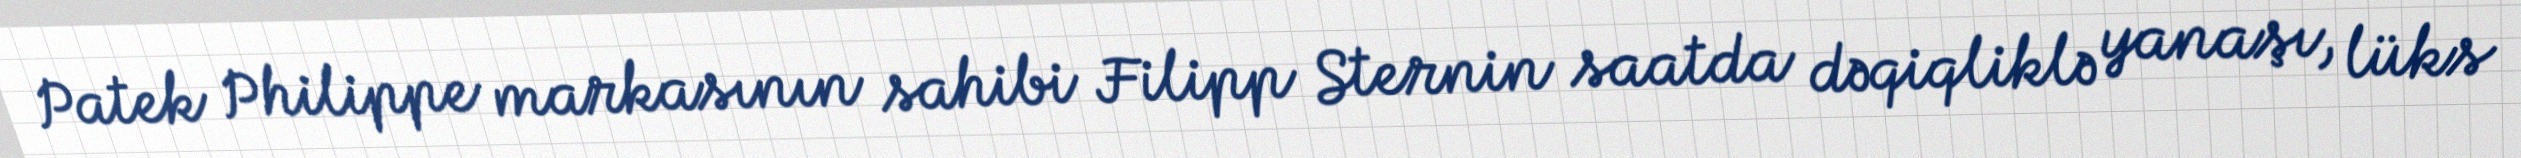
Patek Philippe markasının sahibi Filipp Sternin saatda dəqiqliklə yanaşı, lüks